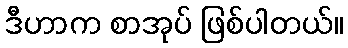
ဒီဟာက စာအုပ် ဖြစ်ပါတယ်။